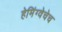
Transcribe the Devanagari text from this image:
हेमिंग्वेचेच